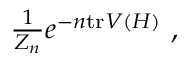
\textstyle { \frac { 1 } { Z _ { n } } } e ^ { - n \mathrm { t r } V ( H ) } ~ ,